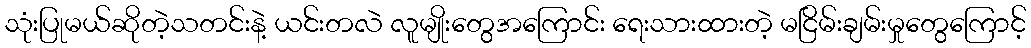
သုံးပြုမယ်ဆိုတဲ့သတင်းနဲ့ ယင်းတလဲ လူမျိုးတွေအကြောင်း ရေးသားထားတဲ့ မငြိမ်းချမ်းမှုတွေကြောင့်